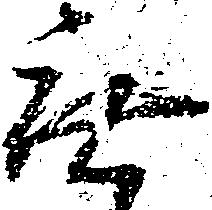
無